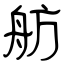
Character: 舫